Leaving Certificate Examination (including Day School Certificate (Higher) General paper), 1936
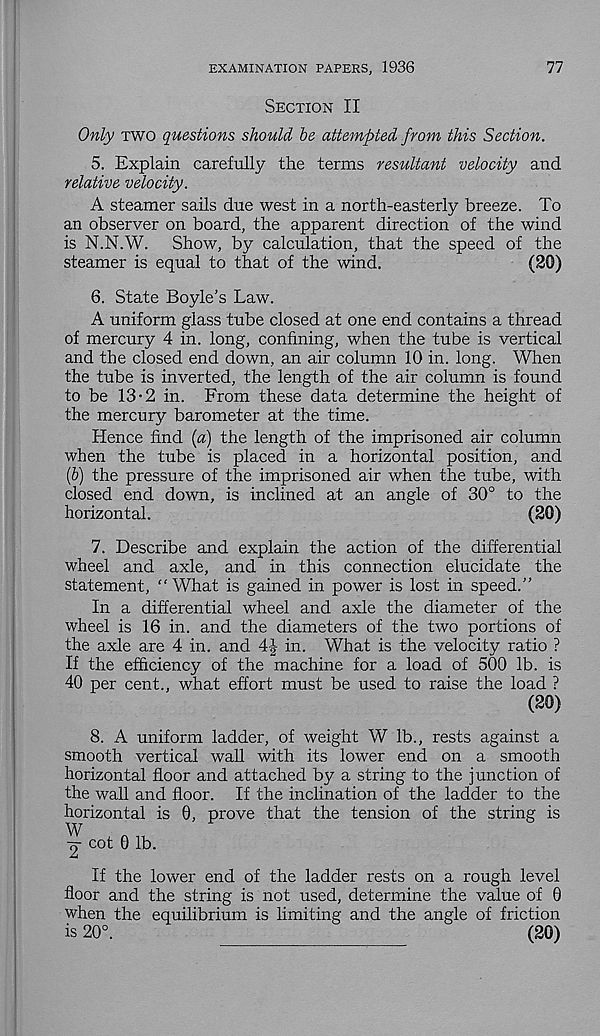
EXAMINATION PAPERS, 1936
77
Section II
Only two questions should he attempted from this Section.
5. Explain carefully the terms resultant velocity and
relative velocity.
A steamer sails due west in a north-easterly breeze. To
an observer on board, the apparent direction of the wind
is N.N.W.
Show, by calculation, that the speed of the
steamer is equal to that of the wind.
(20)
6. State Boyle’s Law.
A uniform glass tube closed at one end contains a thread
of mercury 4 in. long, confining, when the tube is vertical
and the closed end down, an air column 10 in. long. When
the tube is inverted, the length of the air column is found
to be 13-2 in. From these data determine the height of
the mercury barometer at the time.
Hence find [a) the length of the imprisoned air column
when the tube is placed in a horizontal position, and
(5) the pressure of the imprisoned air when the tube, with
closed end down, is inclined at an angle of 30° to the
horizontal.
(20)
7. Describe and explain the action of the differential
wheel and axle, and in this connection elucidate the
statement, "What is gained in power is lost in speed.”
In a differential wheel and axle the diameter of the
wheel is 16 in. and the diameters of the two portions of
the axle are 4 in. and 4|- in. What is the velocity ratio ?
If the efficiency of the machine for a load of 500 lb. is
40 per cent., what effort must be used to raise the load ?
(20)
8. A uniform ladder, of weight W lb., rests against a
smooth vertical wall with its lower end on a smooth
horizontal floor and attached by a string to the junction of
the wall and floor. If the inclination of the ladder to the
horizontal is 0, prove that the tension of the string is
W
-g- cot 0 lb.
If the lower end of the ladder rests on a rough level
floor and the string is not used, determine the value of 0
when the equilibrium is limiting and the angle of friction
is 20°.
(20)